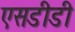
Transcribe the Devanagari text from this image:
एसडीडी